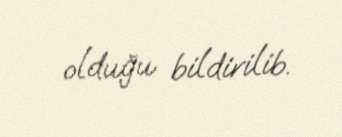
olduğu bildirilib.